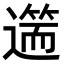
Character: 𨖺